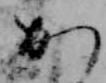
か